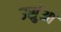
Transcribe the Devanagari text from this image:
उर्सुआ